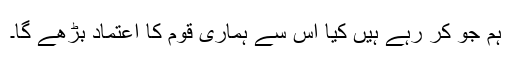
ہم جو کر رہے ہیں کیا اس سے ہماری قوم کا اعتماد بڑھے گا۔